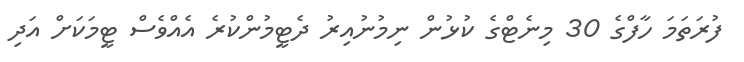
ފުރަތަމަ ހާފްގެ 30 މިނެޓްގެ ކުޅުން ނިމުނުއިރު ދެޓީމުންކުރެ އެއްވެސް ޓީމަކަށް އަދި